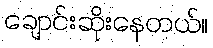
ချောင်းဆိုးနေတယ်။